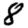
Digit: 8